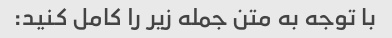
با توجه به متن جمله زیر را کامل کنید: